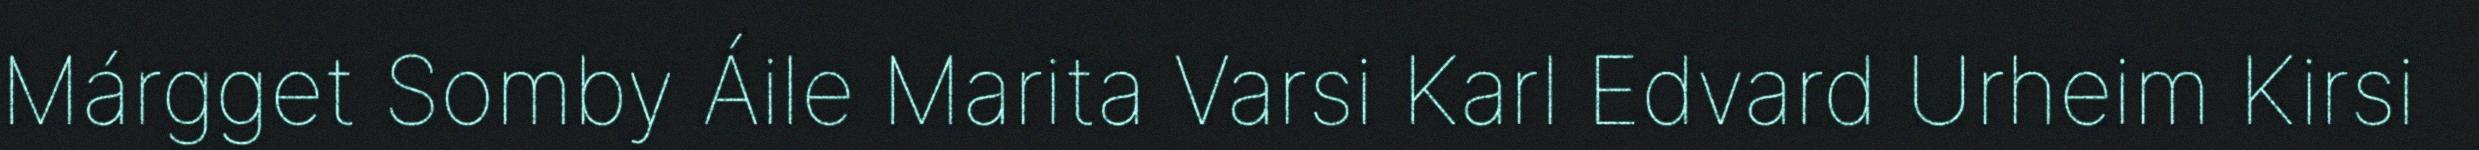
Márgget Somby Áile Marita Varsi Karl Edvard Urheim Kirsi